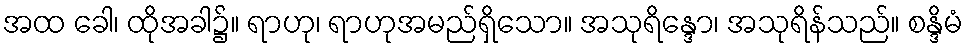
အထ ခေါ၊ ထိုအခါ၌။ ရာဟု၊ ရာဟုအမည်ရှိသော။ အသုရိန္ဒော၊ အသုရိန်သည်။ စန္ဒိမံ